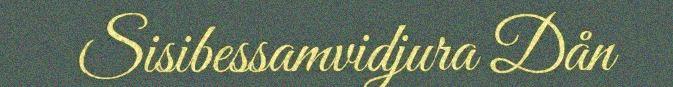
Sisibessamvidjura Dån